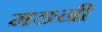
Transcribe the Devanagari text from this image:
मङनी